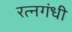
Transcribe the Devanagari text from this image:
रत्नगंधी